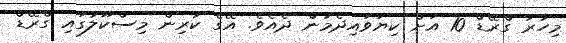
މިހާރު ގްރޭޑް 10 އަށް ކިޔަވައިދެމުން ދެއެވެ. އޭގެ ކުރިން މިސްކޫލުގައި ގްރޭޑް